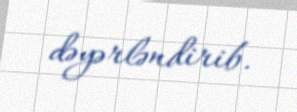
dəyərləndirib.